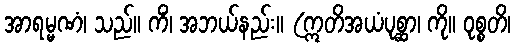
အာရမ္မဏံ၊ သည်။ ကိံ၊ အဘယ်နည်း။ (ဣတိအယံပုစ္ဆာ၊ ကို။ ဝုစ္စတိ၊